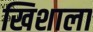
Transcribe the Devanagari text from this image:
खिशाला